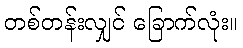
တစ်တန်းလျှင် ခြောက်လုံး။